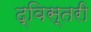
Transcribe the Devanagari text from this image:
द्विस्तरी